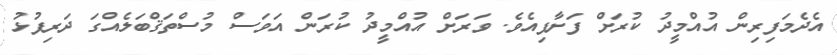
އެދެމަފިރިން އުއްމީދު ކުރަށް ފަށާފިއެވެ. ވަރަށް އުއްމީދު ކުރަން އަވަސް މުސްތަޤްބަލެއްގަ ދަރިފުޅު